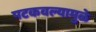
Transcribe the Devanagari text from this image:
पटकवल्यामुळे